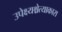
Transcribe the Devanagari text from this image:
उपेक्ष्यश्चेत्याकारा